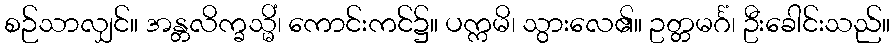
စဉ်သာလျှင်။ အန္တလိက္ခသ္မိံ၊ ကောင်းကင်၌။ ပက္ကမိ၊ သွားလေ၏။ ဥတ္တမင်္ဂံ၊ ဦးခေါင်းသည်။